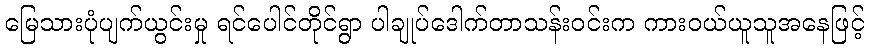
မြေသားပုံပျက်ယွင်းမှု ရင်ပေါင်တိုင်ရွာ ပါချုပ်ဒေါက်တာသန်းဝင်းက ကားဝယ်ယူသူအနေဖြင့်